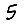
Digit: 5